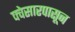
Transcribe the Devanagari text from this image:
क्वेसारपासून